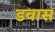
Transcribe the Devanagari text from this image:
डवास